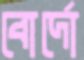
বোর্দো